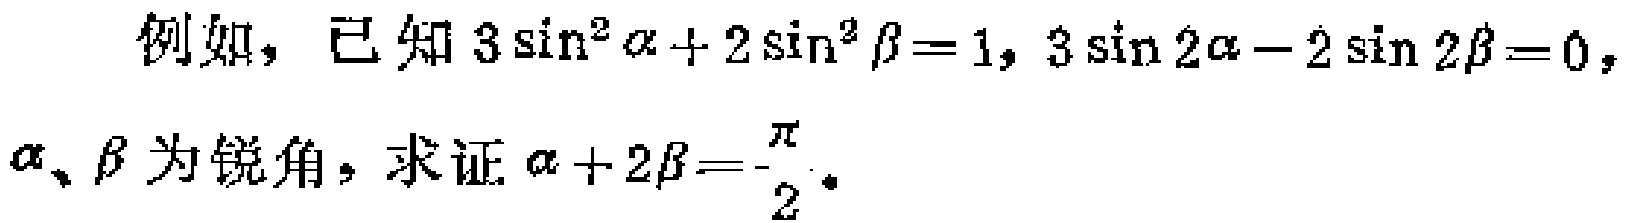
例如，已知\(3\sin^{2}\alpha + 2\sin^{2}\beta = 1\)，\(3\sin 2\alpha - 2\sin 2\beta = 0\)，\(\alpha、\beta\)为锐角，求证\(\alpha + 2\beta=\frac{\pi}{2}\)。